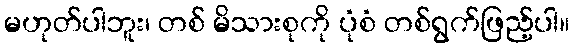
မဟုတ်ပါဘူး၊ တစ် မိသားစုကို ပုံစံ တစ်ရွက်ဖြည့်ပါ။